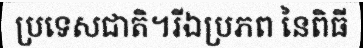
ប្រទេសជាតិ។រីឯប្រភព នៃពិធី